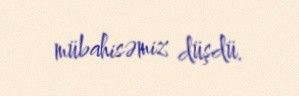
mübahisəmiz düşdü.